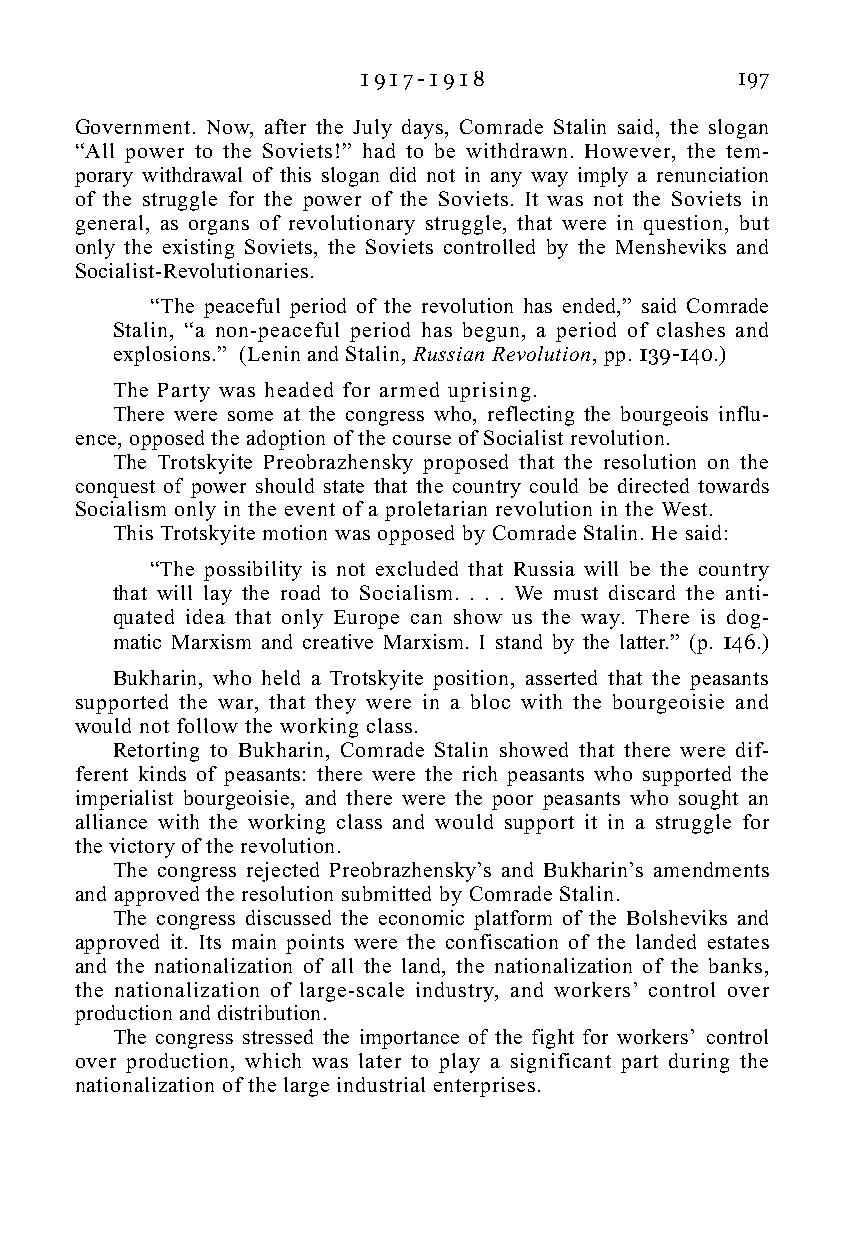
1 9 1 7 - 1 9 1 8        197
 Government. Now, after the July days, Comrade Stalin said, the slogan
 “All power to the Soviets!” had to be withdrawn. However, the tem-
 porary withdrawal of this slogan did not in any way imply a renunciation
 of the struggle for the power of the Soviets. It was not the Soviets in
 general, as organs of revolutionary struggle, that were in question, but
 only the existing Soviets, the Soviets controlled by the Mensheviks and
 Socialist-Revolutionaries.
 “The peaceful period of the revolution has ended,” said Comrade
 Stalin, “a non-peaceful period has begun, a period of clashes and
 explosions.” (Lenin and Stalin, Russian Revolution, pp. 139-140.)
 The Party was headed for armed uprising.
 There were some at the congress who, reflecting the bourgeois influ-
 ence, opposed the adoption of the course of Socialist revolution.
 The Trotskyite Preobrazhensky proposed that the resolution on the
 conquest of power should state that the country could be directed towards
 Socialism only in the event of a proletarian revolution in the West.
 This Trotskyite motion was opposed by Comrade Stalin. He said:
 “The possibility is not excluded that Russia will be the country
 that will lay the road to Socialism. . . . We must discard the anti-
 quated idea that only Europe can show us the way. There is dog-
 matic Marxism and creative Marxism. I stand by the latter.” (p. 146.)
 Bukharin, who held a Trotskyite position, asserted that the peasants
 supported the war, that they were in a bloc with the bourgeoisie and
 would not follow the working class.
 Retorting to Bukharin, Comrade Stalin showed that there were dif-
 ferent kinds of peasants: there were the rich peasants who supported the
 imperialist bourgeoisie, and there were the poor peasants who sought an
 alliance with the working class and would support it in a struggle for
 the victory of the revolution.
 The congress rejected Preobrazhensky’s and Bukharin’s amendments
 and approved the resolution submitted by Comrade Stalin.
 The congress discussed the economic platform of the Bolsheviks and
 approved it. Its main points were the confiscation of the landed estates
 and the nationalization of all the land, the nationalization of the banks,
 the nationalization of large-scale industry, and workers’ control over
 production and distribution.
 The congress stressed the importance of the fight for workers’ control
 over production, which was later to play a significant part during the
 nationalization of the large industrial enterprises.